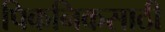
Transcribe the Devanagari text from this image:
पिकनिकसाठी